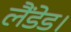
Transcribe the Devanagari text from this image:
लैंडेड।